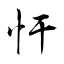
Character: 忓